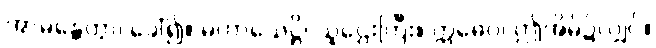
အာမန္တေတွာ၊ ခေါ်၍။ မဟာသေဋ္ဌိ၊ သူဌေးကြီး။ ဣဓေဝ၊ ဤအိမ်၌လျှင်။